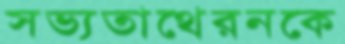
সভ্যতাথেরনকে